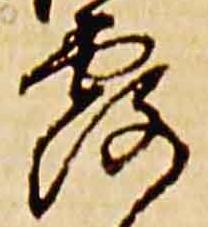
露